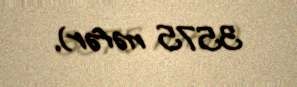
3575 nəfər).